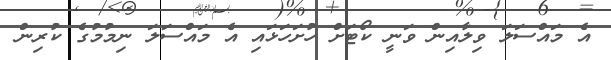
އެ މައްސަލަ ވިލާއިން ވަނީ ކޯޓަށް ހުށަހަޅައި އެ މައްސަލަ ނިމުމުގެ ކުރިން